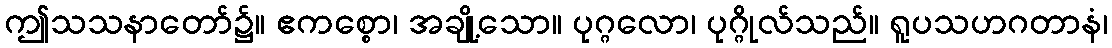
ဤသသနာတော်၌။ ဧကစ္စော၊ အချို့သော။ ပုဂ္ဂလော၊ ပုဂ္ဂိုလ်သည်။ ရူပသဟဂတာနံ၊